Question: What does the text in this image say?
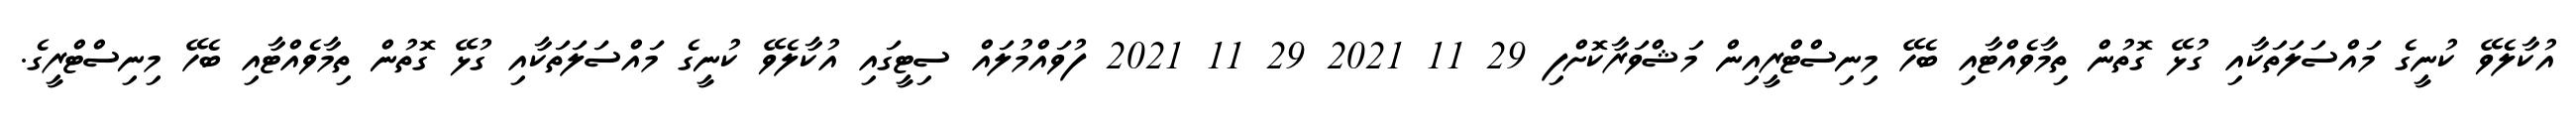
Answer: އުކާލެވޭ ކުނީގެ މައްސަލަތަކާއި ގުޅޭ ގޮތުން ތިމާވެއްޓާއި ބެހޭ މިނިސްޓްރީއިން މަޝްވަރާކޮށްފި 29 11 2021 29 11 2021 ފުވައްމުލައް ސިޓީގައި އުކާލެވޭ ކުނީގެ މައްސަލަތަކާއި ގުޅޭ ގޮތުން ތިމާވެއްޓާއި ބެހޭ މިނިސްޓްރީގެ.